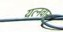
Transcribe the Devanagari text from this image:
यत्नवान्